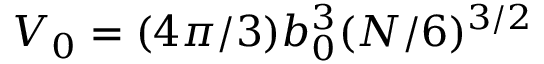
{ V _ { 0 } = ( 4 \pi / 3 ) b _ { 0 } ^ { 3 } ( N / 6 ) ^ { 3 / 2 } }